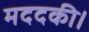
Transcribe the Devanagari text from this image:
मददकी।